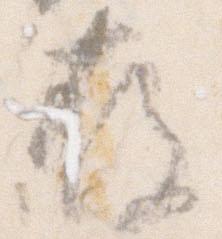
存